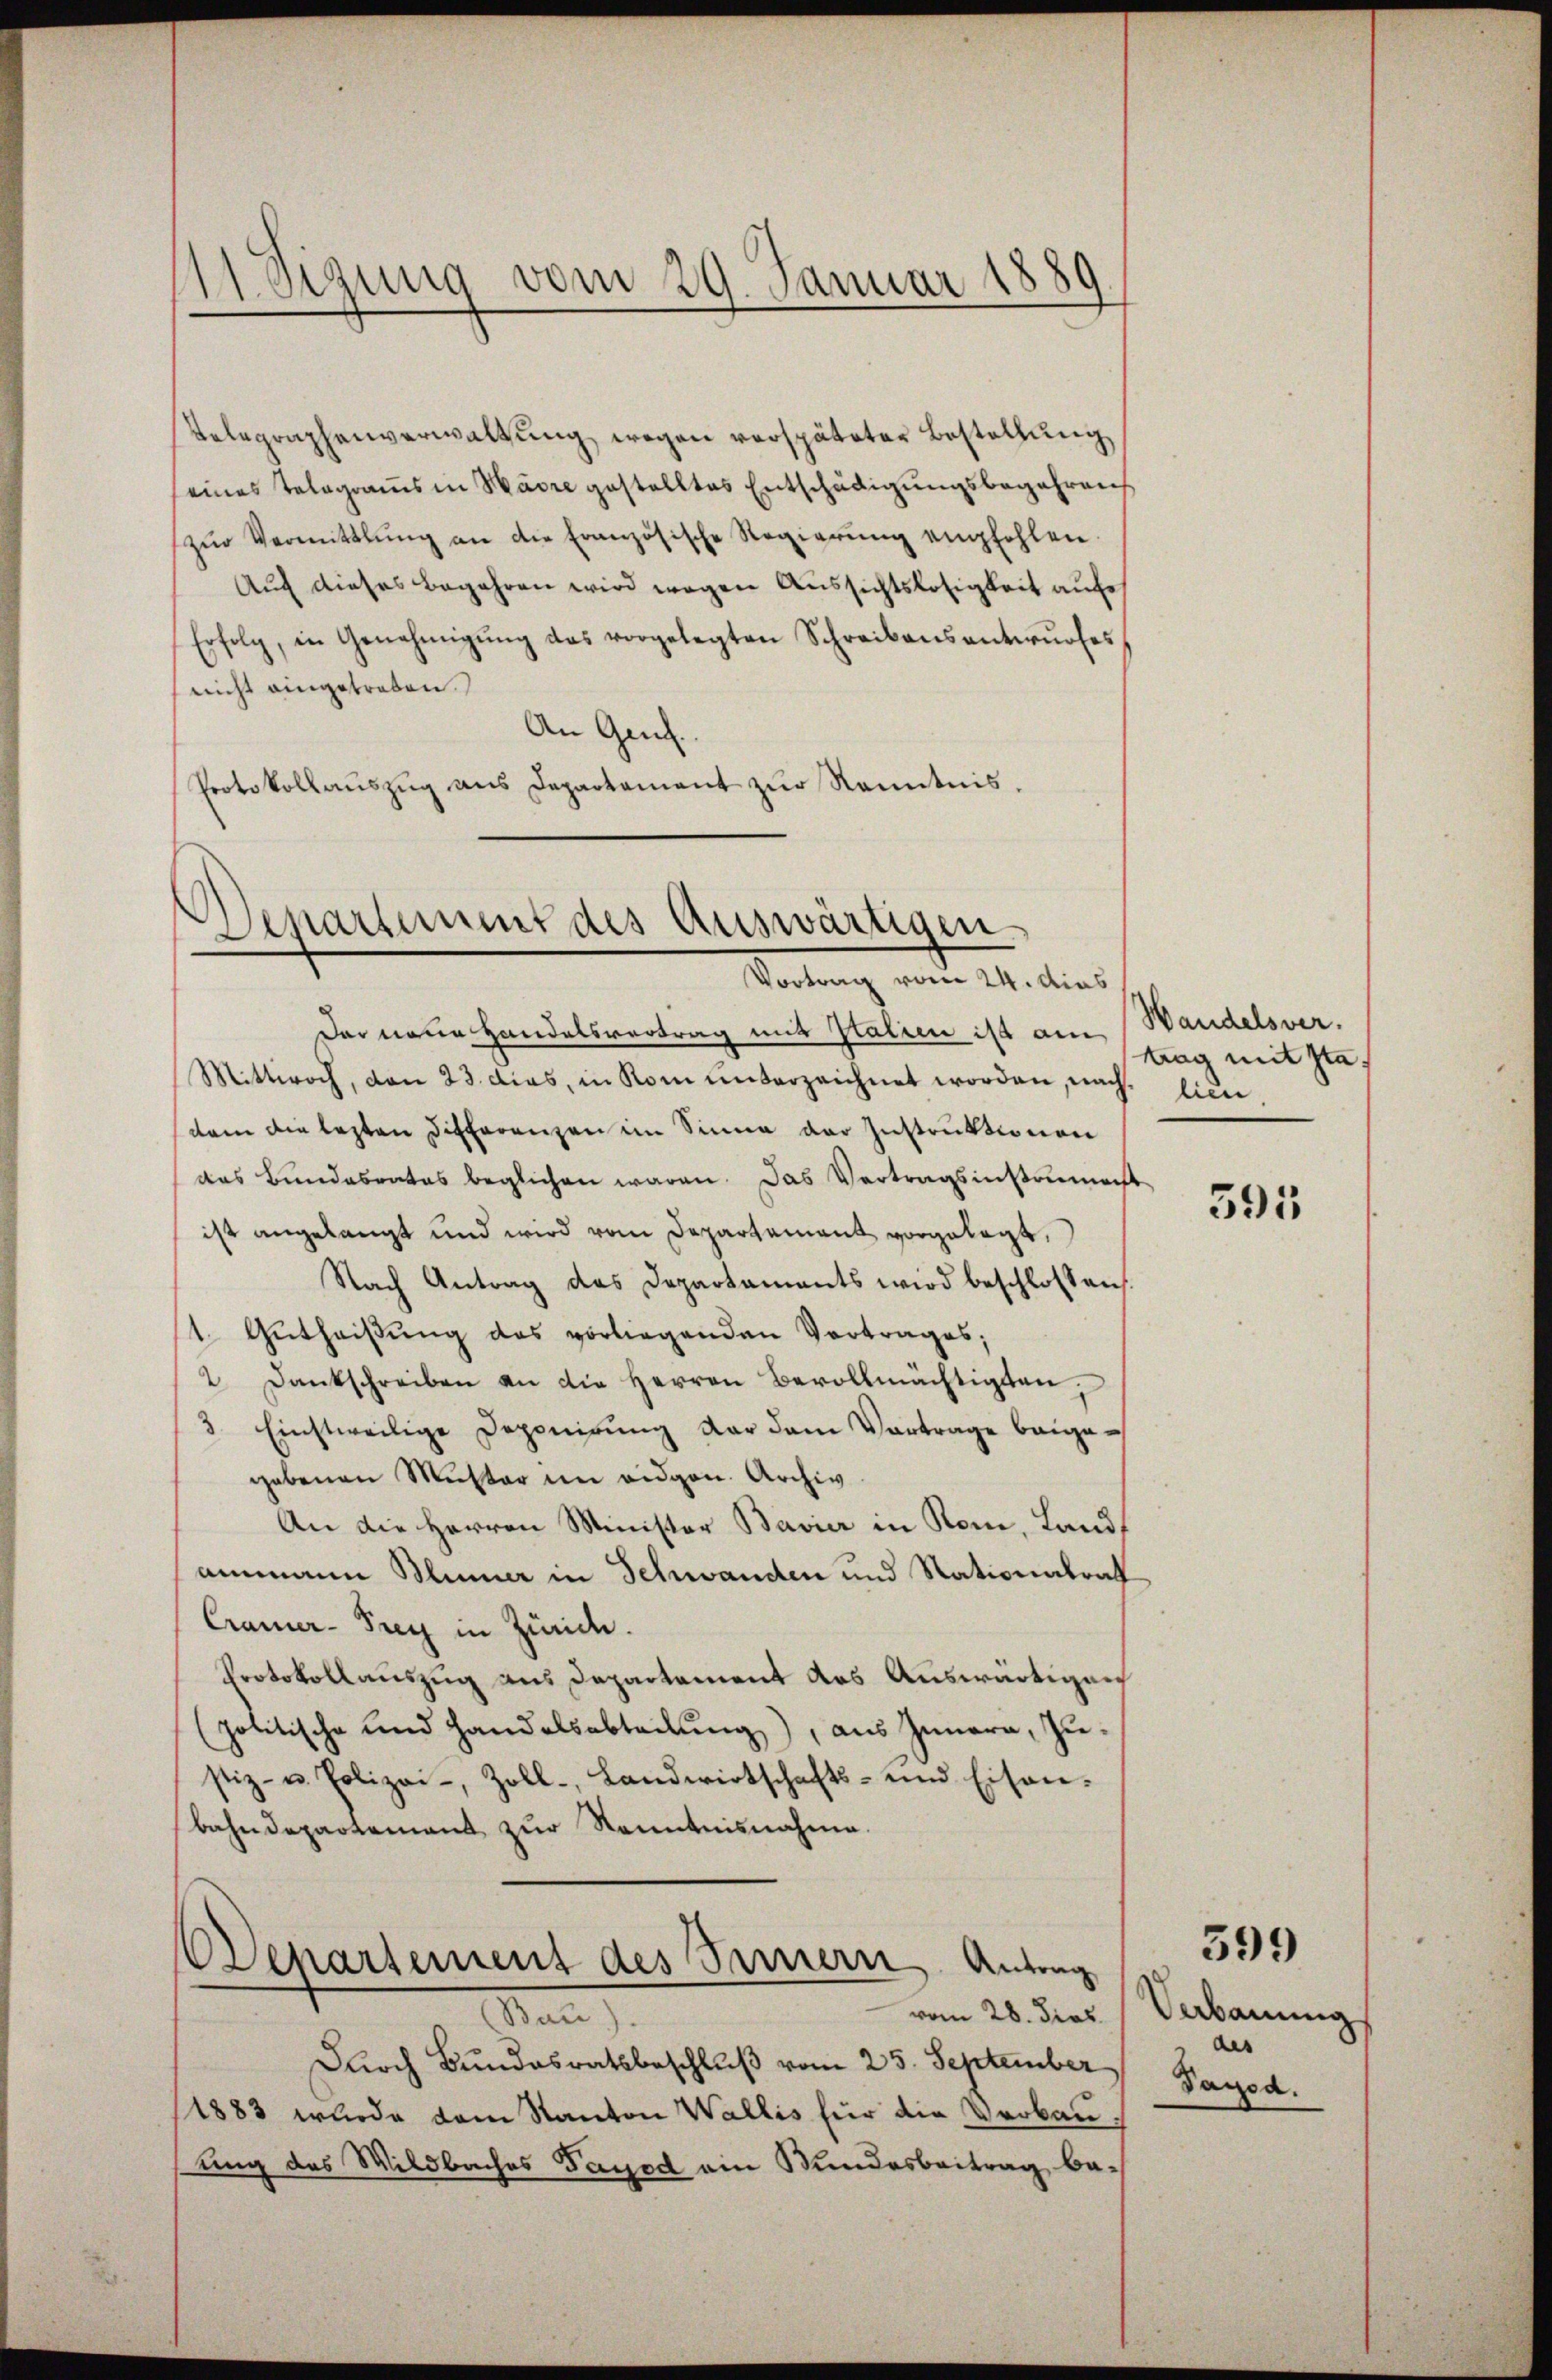
11 Sizung vom 29. Januar 1889

Telegraphenverwaltung wegen verspäteter Bestellung
eines Telegramms in Madre gestelltes Entschädigungsbegehrens
zŭr Vermittlung an die Französische Regierŭng empfohlen.
Auch dieses Begehren wird wegen Aussichtslosigkeit aufe
Erfolg, in Genehmigŭng das vorgelegten Schreibensantwŭrfes,
nicht eingetreten.
An Genf.
Protokollauszug aus Departement zur Kenntnis,

Departement des Auswärtigen.
Vortrag vom 24. dies

Der neue Handelsvertrag und Patien ist am
Mittwoch, von 23. dies, in Rom unterzeichnet worden, nach lieu
dam die lezten Differenzen im Sinne der Instruktionen
das Bundesrates beglichen waren. Das Vertragsinstrument
ist angelangt und wird vom Departement vorgelegt,
Nach Antrag das Departaments wird beschlossen.
1. Gutheiβŭng das vorliegenden Vortrages;
2. Dankschreiben an die Herren Bevollmächtigten,
3. Einstweilige Deponirŭng dar dem Vortrage beige-
gebenen Muster im eidgen. Archiv
An die Herren Minister Bavier in Rom, Landammann Blümer in Schwanden und Nationalrat
Cramer-Pry in Züride.
Protokollauszug aus Departement das Auswärtigen
(politische und Handelsabteilung), aus Innern, Zustiz- u. Polizei-, Zoll- Landwirtschafts- und Eisen-
bahndepartement zur Kenntnisnahme.

Departement des Sinnern Antrag
vom 28. dies
Bau

Durch Bundesratsbeschluß vom 25. September Jagod.
1883 wurde dem Kanton Wallis für die Verbauung des Wildbaches Fayed ein Wundesbeitrag be-

Wandelsver.
ttag mit sta

395

Verbauung
des

599